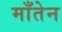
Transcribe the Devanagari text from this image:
माँतेन